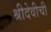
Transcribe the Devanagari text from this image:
श्रीदेवीची